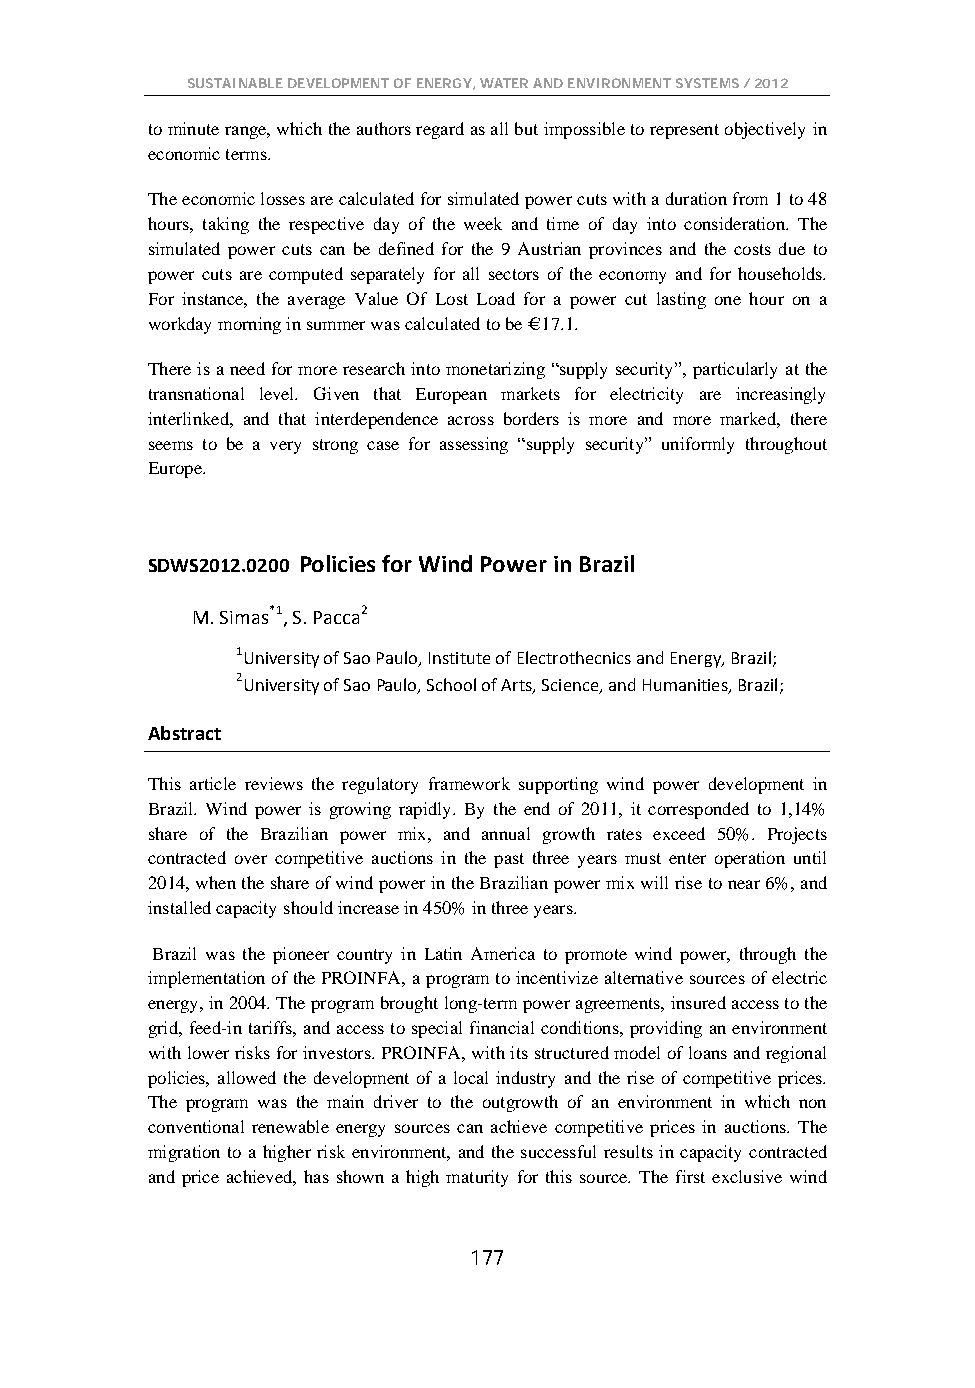
SUSTAINABLE DEVELOPMENT OF ENERGY, WATER AND ENVIRONMENT SYSTEMS / 2012
 to minute range, which the authors regard as all but impossible to represent objectively in
 economic terms.
 The economic losses are calculated for simulated power cuts with a duration from 1 to 48
 hours, taking the respective day of the week and time of day into consideration. The
 simulated power cuts can be defined for the 9 Austrian provinces and the costs due to
 power cuts are computed separately for all sectors of the economy and for households.
 For instance, the average Value Of Lost Load for a power cut lasting one hour on a
 workday morning in summer was calculated to be € 17.1.
 There is a need for more research into monetarizing “supply security”, particularly at the
 transnational level. Given that European markets for electricity are increasingly
 interlinked, and that interdependence across borders is more and more marked, there
 seems to be a very strong case for assessing “supply security” uniformly throughout
 Europe.
 SDWS2012.0200 Policies for Wind Power in Brazil
 M. Simas*1, S. Pacca2
 1University of Sao Paulo, Institute of Electrothecnics and Energy, Brazil;
 2University of Sao Paulo, School of Arts, Science, and Humanities, Brazil;
 Abstract
 This article reviews the regulatory framework supporting wind power development in
 Brazil. Wind power is growing rapidly. By the end of 2011, it corresponded to 1,14%
 share of the Brazilian power mix, and annual growth rates exceed 50%. Projects
 contracted over competitive auctions in the past three years must enter operation until
 2014, when the share of wind power in the Brazilian power mix will rise to near 6%, and
 installed capacity should increase in 450% in three years.
 Brazil was the pioneer country in Latin America to promote wind power, through the
 implementation of the PROINFA, a program to incentivize alternative sources of electric
 energy, in 2004. The program brought long-term power agreements, insured access to the
 grid, feed-in tariffs, and access to special financial conditions, providing an environment
 with lower risks for investors. PROINFA, with its structured model of loans and regional
 policies, allowed the development of a local industry and the rise of competitive prices.
 The program was the main driver to the outgrowth of an environment in which non
 conventional renewable energy sources can achieve competitive prices in auctions. The
 migration to a higher risk environment, and the successful results in capacity contracted
 and price achieved, has shown a high maturity for this source. The first exclusive wind
 177